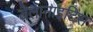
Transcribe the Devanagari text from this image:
बैलानाइटिस